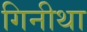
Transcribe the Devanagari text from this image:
गिनीथा